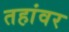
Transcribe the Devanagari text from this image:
तहांवर